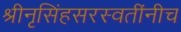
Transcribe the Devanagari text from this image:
श्रीनृसिंहसरस्वतींनीच